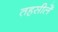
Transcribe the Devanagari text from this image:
तहसीलेँ